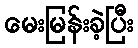
မေးမြန်းခဲ့ပြီး